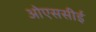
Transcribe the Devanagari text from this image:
ओएससीई